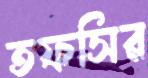
তফসির